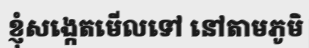
ខ្ញុំសង្កេតមើលទៅ នៅតាមភូមិ